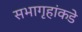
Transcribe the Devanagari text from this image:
सभागृहांकडे